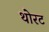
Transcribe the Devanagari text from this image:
थोरट